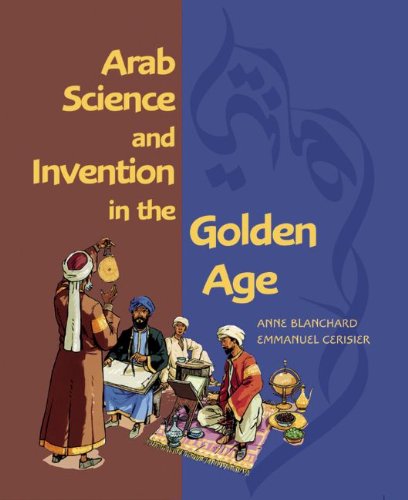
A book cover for Arab Science and Invention in the Golden Age; Anne Blanchard; Children's Books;